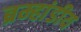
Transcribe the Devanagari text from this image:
ब्रम्हांडीय